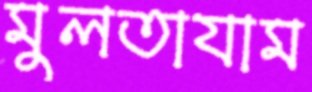
মুলতাযাম